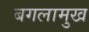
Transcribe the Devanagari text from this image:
बगलामुख